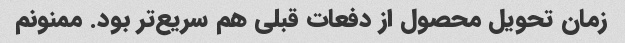
زمان تحویل محصول از دفعات قبلی هم سریع‌تر بود. ممنونم